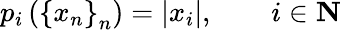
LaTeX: p_{i}\left(\left\{ x_{n}\right\} _{n}\right)=\left|x_{i}\right|,\qquad i\in\mathbf{N}